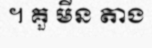
។ គួ មីន តាង